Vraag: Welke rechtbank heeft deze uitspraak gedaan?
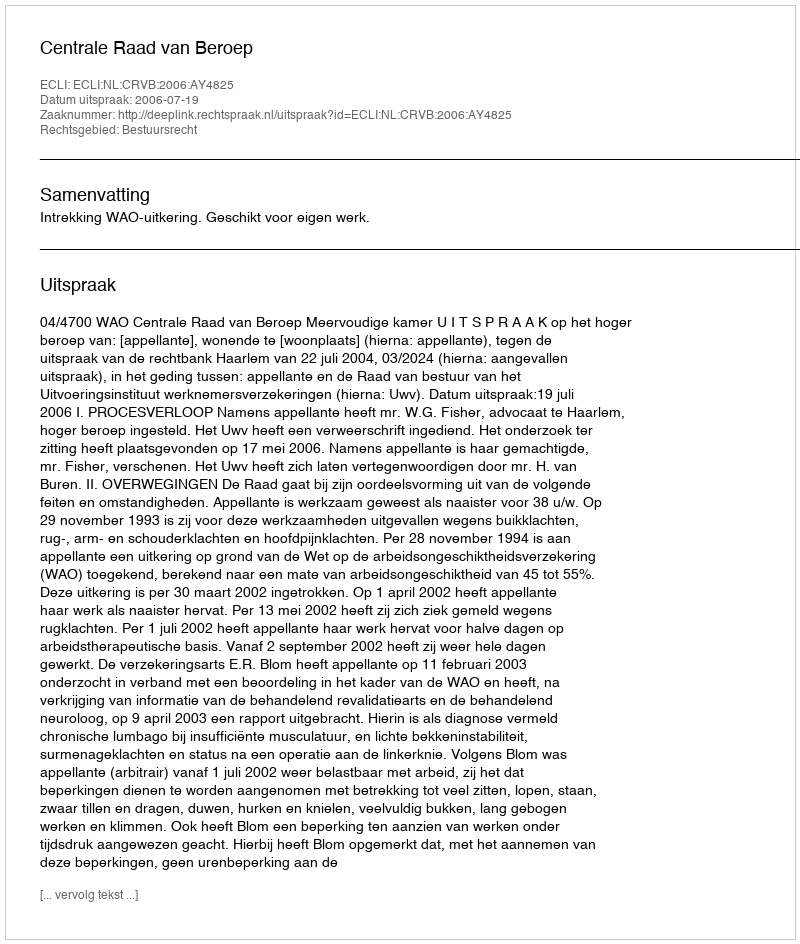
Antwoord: Centrale Raad van Beroep